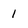
Character: 1